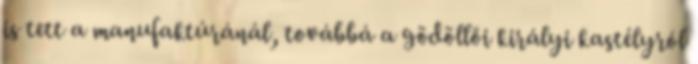
is tett a manufaktúránál, továbbá a gödöllői királyi kastélyról